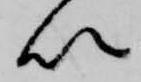
以